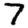
Digit: 7